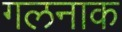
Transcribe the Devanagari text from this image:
गलनाक